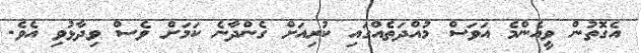
އެގޮތުން ވީއެންމެ އަވަސް މުއްދަތެއްގައި ކުރިއަށް ގެންދާނެ ކަމަށް ވެސް ވިދާޅުވި އެވެ.